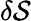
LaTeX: \delta\mathcal{S}